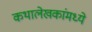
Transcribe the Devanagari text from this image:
कथालेखकांमध्ये